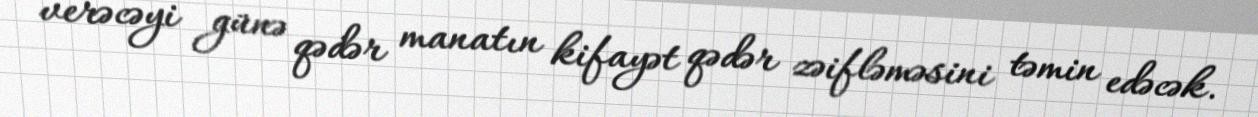
verəcəyi günə qədər manatın kifayət qədər zəifləməsini təmin edəcək.